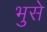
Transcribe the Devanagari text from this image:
भुसे